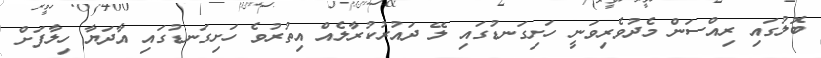
ބޮލުގައި ރިއްސަން މެދުވެރިވަނީ ހަށިގަނޑުގައި ލޭ ދައުރުކުރާލެއް އިތުރުވެ ހަށިގަނޑުގައި އާދަޔާ ހިލާފަށް